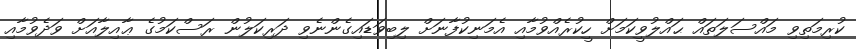
ކުރިމަތިވި މައްސަލަތައް ޙައްލުވީކަމަށް ހީކުރެއްވުމާއި އެމަނިކުފާނަށް ލިބިވަޑައިގެންނެވި ދަރިކަލުން ރަސްކަމުގެ ޢާއިލާއަށް ވަދެވުމާއި